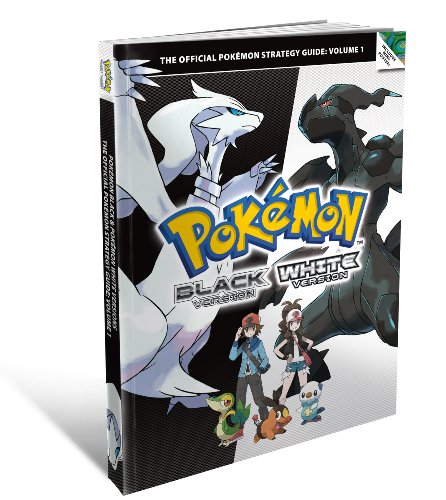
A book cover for Pokemon Black and Pokemon White Versions 1 - The Official Pokemon Strategy Guide; The Pokemon Company; Computers & Technology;